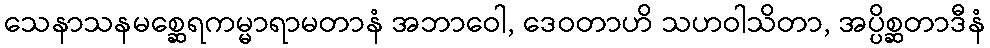
သေနာသနမစ္ဆေရကမ္မာရာမတာနံ အဘာဝေါ, ဒေဝတာဟိ သဟဝါသိတာ, အပ္ပိစ္ဆတာဒီနံ